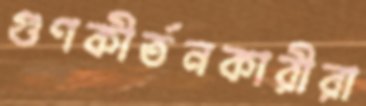
গুণকীর্তনকারীরা